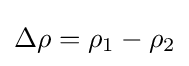
\Delta \rho =\rho _{1}-\rho _{2}